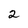
Character: 2